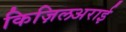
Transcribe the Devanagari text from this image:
किज़िलअराई